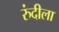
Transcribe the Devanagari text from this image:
रुंदीला